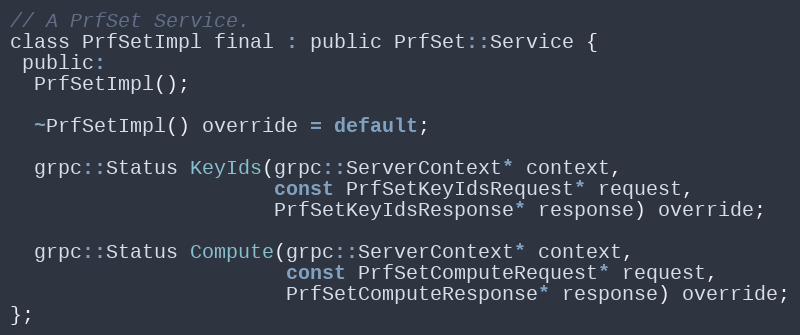
Language: C
// A PrfSet Service.
class PrfSetImpl final : public PrfSet::Service {
 public:
  PrfSetImpl();

  ~PrfSetImpl() override = default;

  grpc::Status KeyIds(grpc::ServerContext* context,
                      const PrfSetKeyIdsRequest* request,
                      PrfSetKeyIdsResponse* response) override;

  grpc::Status Compute(grpc::ServerContext* context,
                       const PrfSetComputeRequest* request,
                       PrfSetComputeResponse* response) override;
};